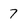
Character: 7